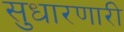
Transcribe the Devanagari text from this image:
सुधारणारी